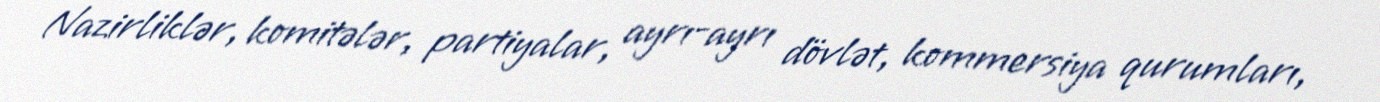
Nazirliklər, komitələr, partiyalar, ayrı-ayrı dövlət, kommersiya qurumları,